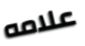
علامه